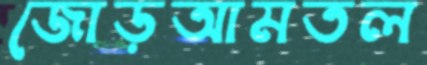
জোড়আমতল